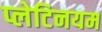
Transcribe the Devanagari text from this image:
प्लेटिनयम